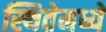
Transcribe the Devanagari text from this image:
स्थितेमध्ये